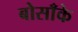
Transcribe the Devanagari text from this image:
बोसाँके